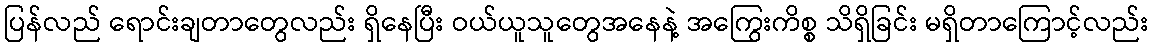
ပြန်လည် ရောင်းချတာတွေလည်း ရှိနေပြီး ဝယ်ယူသူတွေအနေနဲ့ အကြွေးကိစ္စ သိရှိခြင်း မရှိတာကြောင့်လည်း